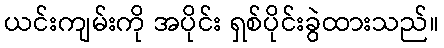
ယင်းကျမ်းကို အပိုင်း ရှစ်ပိုင်းခွဲထားသည်။